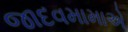
જાદવમામાએ